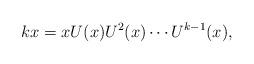
LaTeX: \begin{align*}kx=x U(x) U^2(x) \cdots U^{k-1}(x),\end{align*}